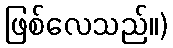
ဖြစ်လေသည်။)